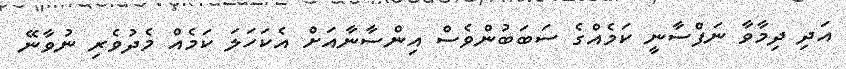
އަދި ދިމާވާ ނަފްސާނީ ކަމެއްގެ ސަބަބުންވެސް އިންސާނާއަށް އެކަހަލަ ކަމެއް މެދުވެރި ނުވާނޭ